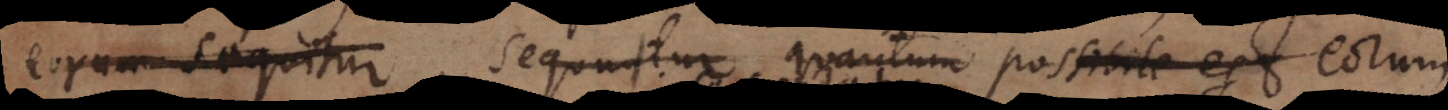
eorum sequitur, sequitur quantum possibile est ex